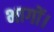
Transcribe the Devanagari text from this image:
भागों।